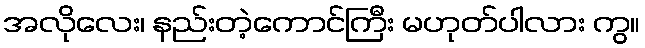
အလိုလေး၊ နည်းတဲ့ကောင်ကြီး မဟုတ်ပါလား ကွ။